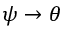
\psi \to \theta